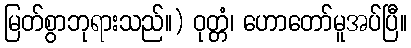
မြတ်စွာဘုရားသည်။) ဝုတ္တံ၊ ဟောတော်မူအပ်ပြီ။